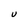
Character: U